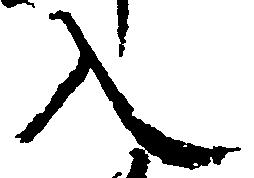
入